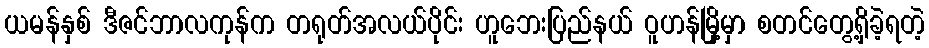
ယမန်နှစ် ဒီဇင်ဘာလကုန်က တရုတ်အလယ်ပိုင်း ဟူဘေးပြည်နယ် ဝူဟန်မြို့မှာ စတင်တွေ့ရှိခဲ့ရတဲ့